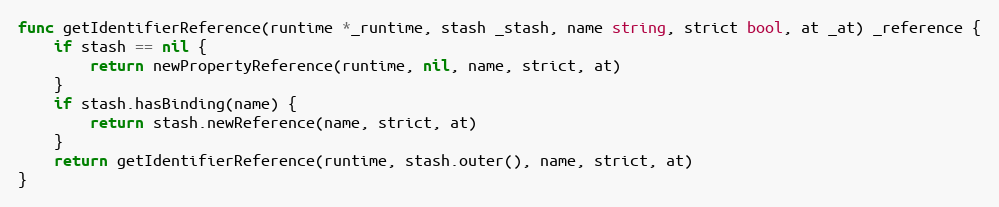
Language: Go
func getIdentifierReference(runtime *_runtime, stash _stash, name string, strict bool, at _at) _reference {
	if stash == nil {
		return newPropertyReference(runtime, nil, name, strict, at)
	}
	if stash.hasBinding(name) {
		return stash.newReference(name, strict, at)
	}
	return getIdentifierReference(runtime, stash.outer(), name, strict, at)
}